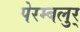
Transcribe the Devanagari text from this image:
पेरम्बलुर्